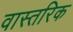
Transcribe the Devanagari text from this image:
वास्तरिक